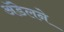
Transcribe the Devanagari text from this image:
अॅडेलने